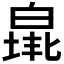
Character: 𤾐